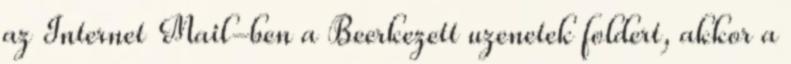
az Internet Mail-ben a Beerkezett uzenetek foldert, akkor a